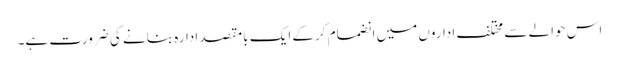
اس حوالے سے مختلف اداروں میں انضمام کرکے ایک بامقصد ادارہ بنانے کی ضرورت ہے۔